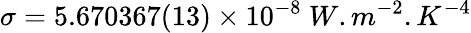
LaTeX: \sigma=5.670367(13)\times 10^{-8}\ W.m^{-2}.K^{-4}